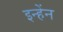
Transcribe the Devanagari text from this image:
इन्हेंन